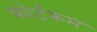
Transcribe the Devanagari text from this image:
कोर्टरूम